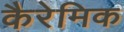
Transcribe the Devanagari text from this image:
कैरेमिक